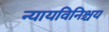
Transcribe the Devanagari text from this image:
न्यायविनिश्चय